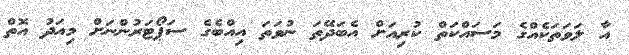
އާ ލަވަތަކެއްގެ މަސައްކަތް ކުރިއަށް އެބަދޭތަ ނުވަތަ އިއްބެގެ ސަޕޯޓަރުންނަށް މިއަދު އޮތް